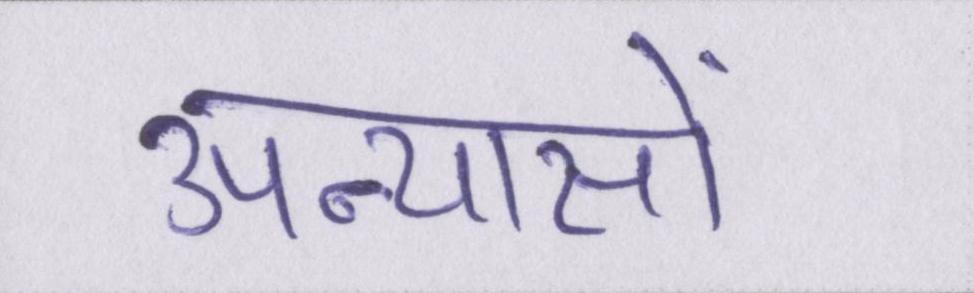
उपन्यासों